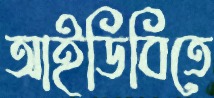
আইডিবিতে